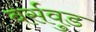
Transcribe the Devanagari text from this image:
बर्सवुड